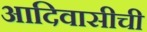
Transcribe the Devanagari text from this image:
आदिवासीची